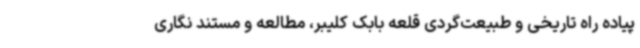
پیاده راه تاریخی و طبیعت‌گردی قلعه بابک کلیبر، مطالعه و مستند نگاری